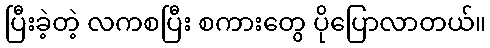
ပြီးခဲ့တဲ့ လကစပြီး စကားတွေ ပိုပြောလာတယ်။